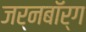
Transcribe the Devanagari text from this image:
जर्नबॉर्ग